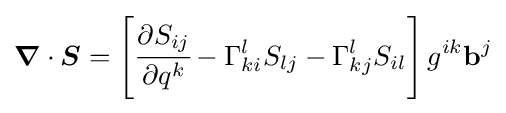
{\boldsymbol {\nabla }}\cdot {\boldsymbol {S}}=\left[{\cfrac {\partial S_{ij}}{\partial q^{k}}}-\Gamma _{ki}^{l}S_{lj}-\Gamma _{kj}^{l}S_{il}\right]g^{ik}\mathbf {b} ^{j}